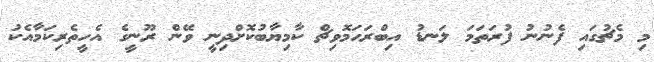
މި މެޗުގައި ފެނުނު ފުރަތަަމަ ލަނޑު އިބްރަހަމޮވިޗް ކާމިޔާބުކޮށްދިނީ ވޭން ރޫނީގެ އެހީތެރިކަމާއެކު